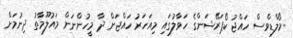
މޯލްޑިވްސް ހައްޖު ކޯޕަރޭޝަންގެ ހަވާލުގައި މިއަހަރު ހައްޖަށް ދާ މީހުންނަށް މައުލޫމާތު ދިނުމަށް